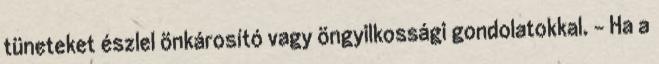
tüneteket észlel önkárosító vagy öngyilkossági gondolatokkal. - Ha a